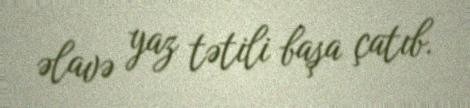
əlavə yaz tətili başa çatıb.